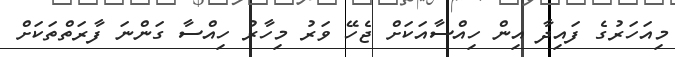
މިއަހަރުގެ ފައިދާ އިން ހިއްސާއަކަށް ޖެހޭ ވަރު މިހާރު ހިއްސާ ގަންނަ ފާރަތްތަކަށް